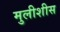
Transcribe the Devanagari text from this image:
मुलीशीस